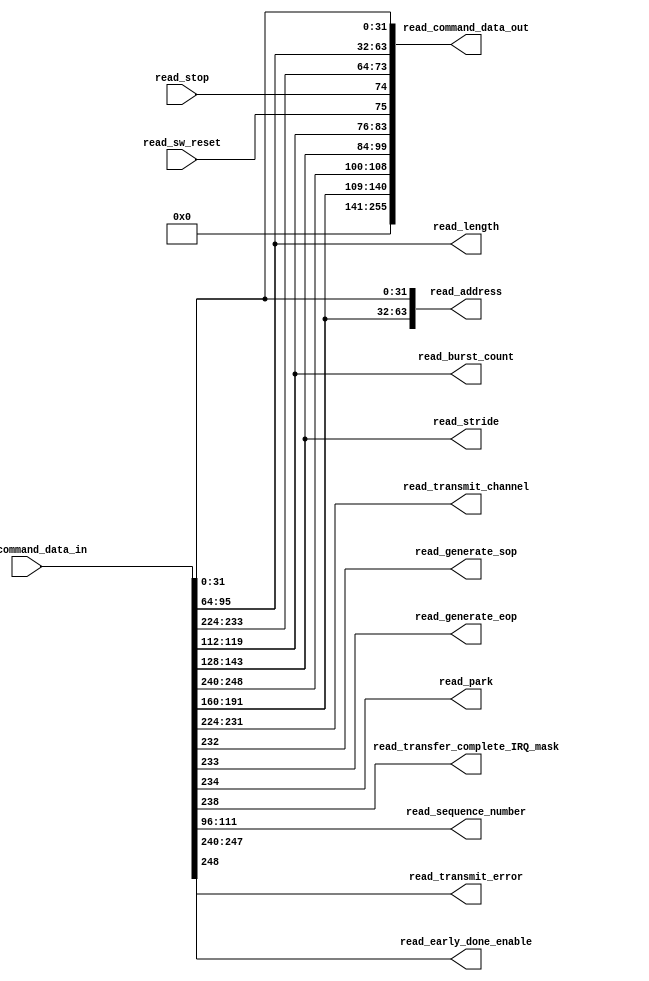
module read_signal_breakout (
  read_command_data_in,     
  read_command_data_out,  
  read_address,
  read_length,
  read_transmit_channel,
  read_generate_sop,
  read_generate_eop,
  read_park,
  read_transfer_complete_IRQ_mask,
  read_burst_count,      
  read_stride,           
  read_sequence_number,  
  read_transmit_error,
  read_early_done_enable,
  read_stop,
  read_sw_reset
);
  parameter DATA_WIDTH = 256;  
  input [DATA_WIDTH-1:0] read_command_data_in;
  output wire [255:0] read_command_data_out;
  output wire [63:0] read_address;
  output wire [31:0] read_length;
  output wire [7:0] read_transmit_channel;
  output wire read_generate_sop;
  output wire read_generate_eop;
  output wire read_park;
  output wire read_transfer_complete_IRQ_mask;
  output wire [7:0] read_burst_count;
  output wire [15:0] read_stride;
  output wire [15:0] read_sequence_number;
  output wire [7:0] read_transmit_error;
  output wire read_early_done_enable;
  input read_stop;
  input read_sw_reset;
  assign read_address[31:0] = read_command_data_in[31:0];
  assign read_length = read_command_data_in[95:64];
  generate
    if (DATA_WIDTH == 256)
    begin
      assign read_early_done_enable = read_command_data_in[248];
      assign read_transmit_error = read_command_data_in[247:240];
      assign read_transmit_channel = read_command_data_in[231:224];
      assign read_generate_sop = read_command_data_in[232];
      assign read_generate_eop = read_command_data_in[233];
      assign read_park = read_command_data_in[234];
      assign read_transfer_complete_IRQ_mask = read_command_data_in[238];
      assign read_burst_count = read_command_data_in[119:112];
      assign read_stride = read_command_data_in[143:128];
      assign read_sequence_number = read_command_data_in[111:96];
      assign read_address[63:32] = read_command_data_in[191:160];
    end
    else
    begin
      assign read_early_done_enable = read_command_data_in[120];
      assign read_transmit_error = read_command_data_in[119:112];
      assign read_transmit_channel = read_command_data_in[103:96];
      assign read_generate_sop = read_command_data_in[104];
      assign read_generate_eop = read_command_data_in[105];
      assign read_park = read_command_data_in[106];
      assign read_transfer_complete_IRQ_mask = read_command_data_in[110];
      assign read_burst_count = 8'h00;
      assign read_stride = 16'h0000;
      assign read_sequence_number = 16'h0000;  
      assign read_address[63:32] = 32'h00000000;
    end
  endgenerate
  assign read_command_data_out = {{115{1'b0}},  
                                 read_address[63:32],
                                 read_early_done_enable,
                                 read_transmit_error,
                                 read_stride,
                                 read_burst_count,
                                 read_sw_reset,
                                 read_stop,
                                 read_generate_eop,
                                 read_generate_sop,
                                 read_transmit_channel,
                                 read_length,
                                 read_address[31:0]};
endmodule